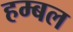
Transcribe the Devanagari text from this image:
हम्बल